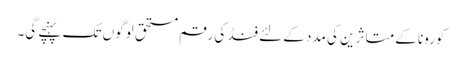
کورونا کے متاثرین کی مدد کے لئے فنڈ کی رقم مستحق لوگوں تک پہنچے گی۔